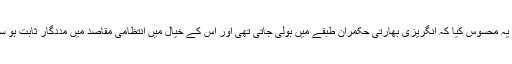
اس نے یہ محسوس کیا کہ انگریزی بھارتی حکمران طبقے میں بولی جاتی تھی اور اس کے خیال میں انتظامی مقاصد میں مددگار ثابت ہو سکتا تھا۔